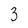
Character: 3